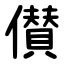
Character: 儧